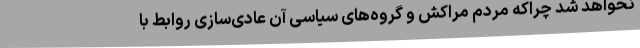
نخواهد شد چراکه مردم مراکش و گروه‌های سیاسی آن عادی‌سازی روابط با